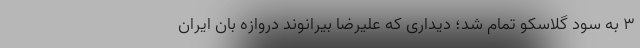
۳ به سود گلاسکو تمام شد؛ دیداری که علیرضا بیرانوند دروازه بان ایران